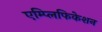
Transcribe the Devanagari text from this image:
एम्प्लिफिकेशन